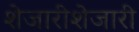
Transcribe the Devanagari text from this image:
शेजारीशेजारी